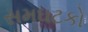
સમઘટકો